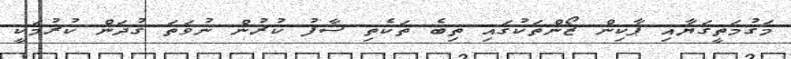
މަގުމަތީގަޔާއި ޕާކިން ޒޯންތަކުގައި ތިބެ ތަކެތި ސާފު ކުރުން ނުވަތަ ގުދަން ކުރުމަކީ